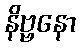
နိဗ္ဗနော